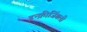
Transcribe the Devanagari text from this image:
इन्क्रीजिंगली